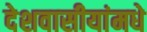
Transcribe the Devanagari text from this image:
देशवासीयांमधे